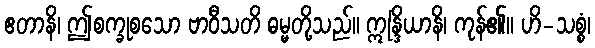
ဧတာနိ၊ ဤစက္ခုစသော ဗာဝီသတိ ဓမ္မတို့သည်။ ဣန္ဒြိယာနိ၊ ကုန်၏။ ဟိ-သစ္စံ၊